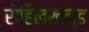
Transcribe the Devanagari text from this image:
रोहिलखन्ड